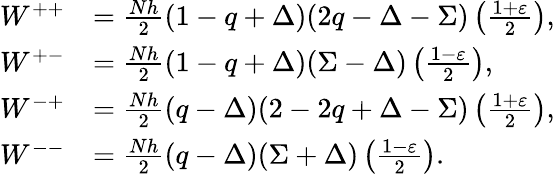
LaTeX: \begin{array}{rl}{W^{++}}&{=\frac{Nh}{2}\left(1-q+\Delta\right)(2q-\Delta-\Sigma)\left(\frac{1+\varepsilon}{2}\right),}\\ {W^{+-}}&{=\frac{Nh}{2}\left(1-q+\Delta\right)(\Sigma-\Delta)\left(\frac{1-\varepsilon}{2}\right),}\\ {W^{-+}}&{=\frac{Nh}{2}\left(q-\Delta\right)(2-2q+\Delta-\Sigma)\left(\frac{1+\varepsilon}{2}\right),}\\ {W^{--}}&{=\frac{Nh}{2}\left(q-\Delta\right)(\Sigma+\Delta)\left(\frac{1-\varepsilon}{2}\right).}\end{array}